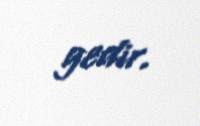
gedir.